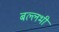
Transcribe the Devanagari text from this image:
बल्लभी